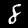
Digit: 8